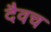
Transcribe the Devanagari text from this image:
दैवच